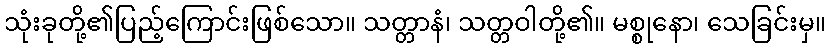
သုံးခုတို့၏ပြည့်ကြောင်းဖြစ်သော။ သတ္တာနံ၊ သတ္တဝါတို့၏။ မစ္စုနော၊ သေခြင်းမှ။